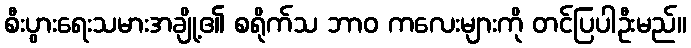
စီးပွားရေးသမားအချို့၏ စရိုက်သ ဘာဝ ကလေးများကို တင်ပြပါဦးမည်။